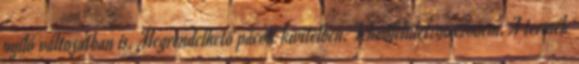
nyíló változatban is. Megrendelhető pácolt kivitelben. Fekvőfelület:90x200cm. A termék